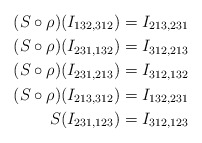
\begin{align*}(S \circ \rho)(I_{132,312}) &= I_{213,231} \\(S \circ \rho)(I_{231,132}) &= I_{312,213} \\(S \circ \rho)(I_{231,213}) &= I_{312,132} \\(S \circ \rho)(I_{213,312}) &= I_{132,231} \\S(I_{231,123}) &= I_{312,123}\end{align*}